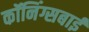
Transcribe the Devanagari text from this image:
कॉनिंग्सबाई